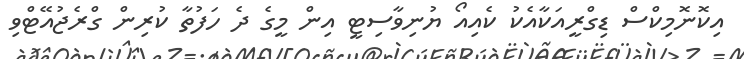
އިކޮނޮމިކްސް ޑިގްރީއަކާއެކު ކެއިއޯ ޔުނިވާސިޓީ އިން މީގެ ދެ ހަފުތާ ކުރިން ގްރެޖުއޭޓްވި